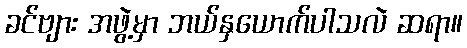
ခင်ဗျား အဖွဲ့မှာ ဘယ်နှယောက်ပါသလဲ ဆရာ။